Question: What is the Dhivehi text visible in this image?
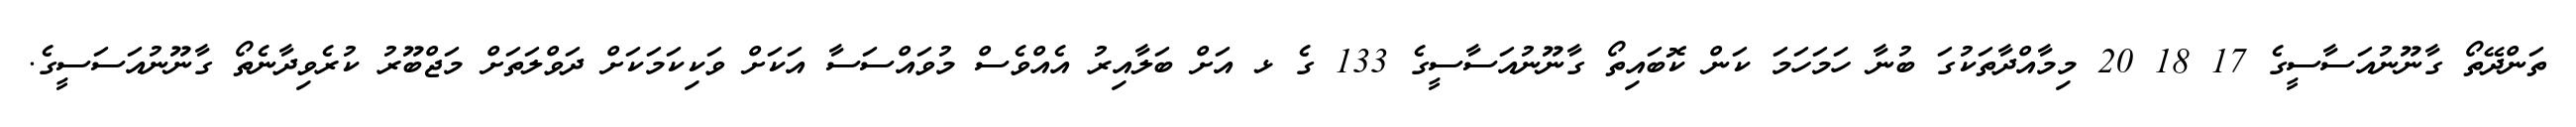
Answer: ތަންދޭތޯ ގާނޫނުއަސާސީގެ 17 18 20 މިމާއްދާތަކުގަ ބުނާ ހަމަހަމަ ކަން ކޮބައިތޯ ގާނޫނުއަސާސީގެ 133 ގެ ޅ އަށް ބަލާއިރު އެއްވެސް މުވައްސަސާ އަކަށް ވަކިކަމަކަށް ދަވްލަތަށް މަޖްބޫރު ކުރެވިދާނެތޯ ގާނޫނުއަސަސީގެ.